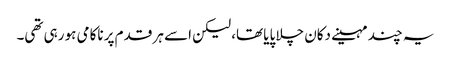
یہ چند مہینے دکان چلا پایا تھا، لیکن اسے ہر قدم پر ناکامی ہو رہی تھی۔